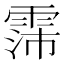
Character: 霈